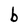
Character: b